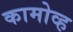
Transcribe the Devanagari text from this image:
कामोव्ह